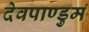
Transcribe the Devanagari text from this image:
देवपाण्डुम